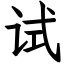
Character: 试